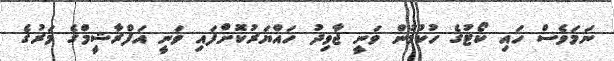
ނަމަވެސް ހައި ކޯޓުގެ ހުކުމުން ވަނީ ޖާވިދު ހައްޔަރުކޮށްފައި ވަނީ އަފްރާޝީމްގެ މަރުގެ